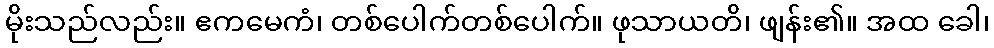
မိုးသည်လည်း။ ဧကမေကံ၊ တစ်ပေါက်တစ်ပေါက်။ ဖုသာယတိ၊ ဖျန်း၏။ အထ ခေါ၊